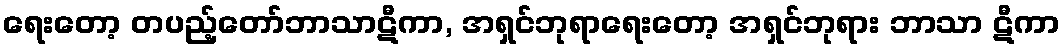
ရေးတော့ တပည့်တော်ဘာသာဋီကာ, အရှင်ဘုရာရေးတော့ အရှင်ဘုရား ဘာသာ ဋီကာ